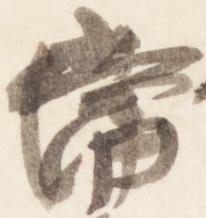
常